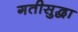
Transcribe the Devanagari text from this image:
गतीसुद्धा